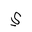
Letter: _ya